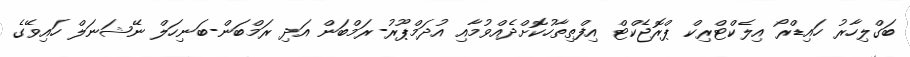
ބަގްލިހާރު ހައިޑްރޯ އިލެކްޓްރިކް ޕްރޮޖެކްޓް އިފްތިތާހުކޮށްދެއްވުމާއި އުދަމްޕޫރު-ރަމްބަން އަދި ރަމްބަން-ބަނިހަލް ނޭޝަނަލް ހައިވޭގެ